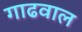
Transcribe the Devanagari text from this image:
गाढवाल